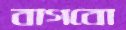
বাগবো